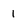
Character: 1